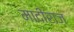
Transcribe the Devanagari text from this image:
मादीराज